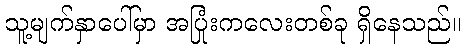
သူ့မျက်နှာပေါ်မှာ အပြုံးကလေးတစ်ခု ရှိနေသည်။